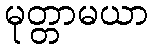
မုတ္တာမယာ